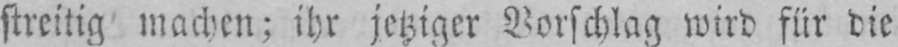
streitig machen; ihr jetziger Vorschlag wird für die